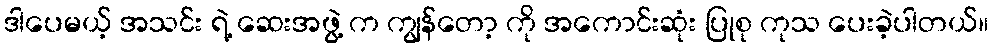
ဒါပေမယ့် အသင်း ရဲ့ ဆေးအဖွဲ့ က ကျွန်တော့ ကို အကောင်းဆုံး ပြုစု ကုသ ပေးခဲ့ပါတယ်။